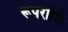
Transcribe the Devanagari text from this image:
रूपराशि